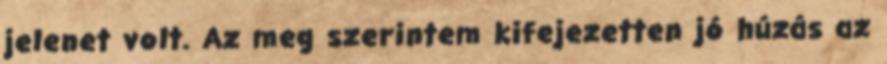
jelenet volt. Az meg szerintem kifejezetten jó húzás az